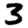
Digit: 3